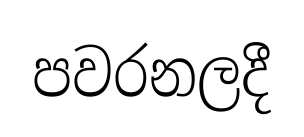
පවරනලදී